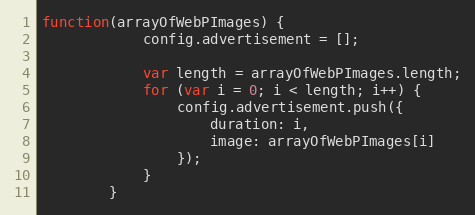
Language: JavaScript
function(arrayOfWebPImages) {
            config.advertisement = [];

            var length = arrayOfWebPImages.length;
            for (var i = 0; i < length; i++) {
                config.advertisement.push({
                    duration: i,
                    image: arrayOfWebPImages[i]
                });
            }
        }